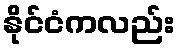
နိုင်ငံကလည်း